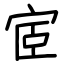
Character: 宧